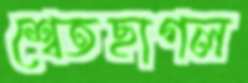
শ্বেতছাগল